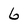
Character: 6